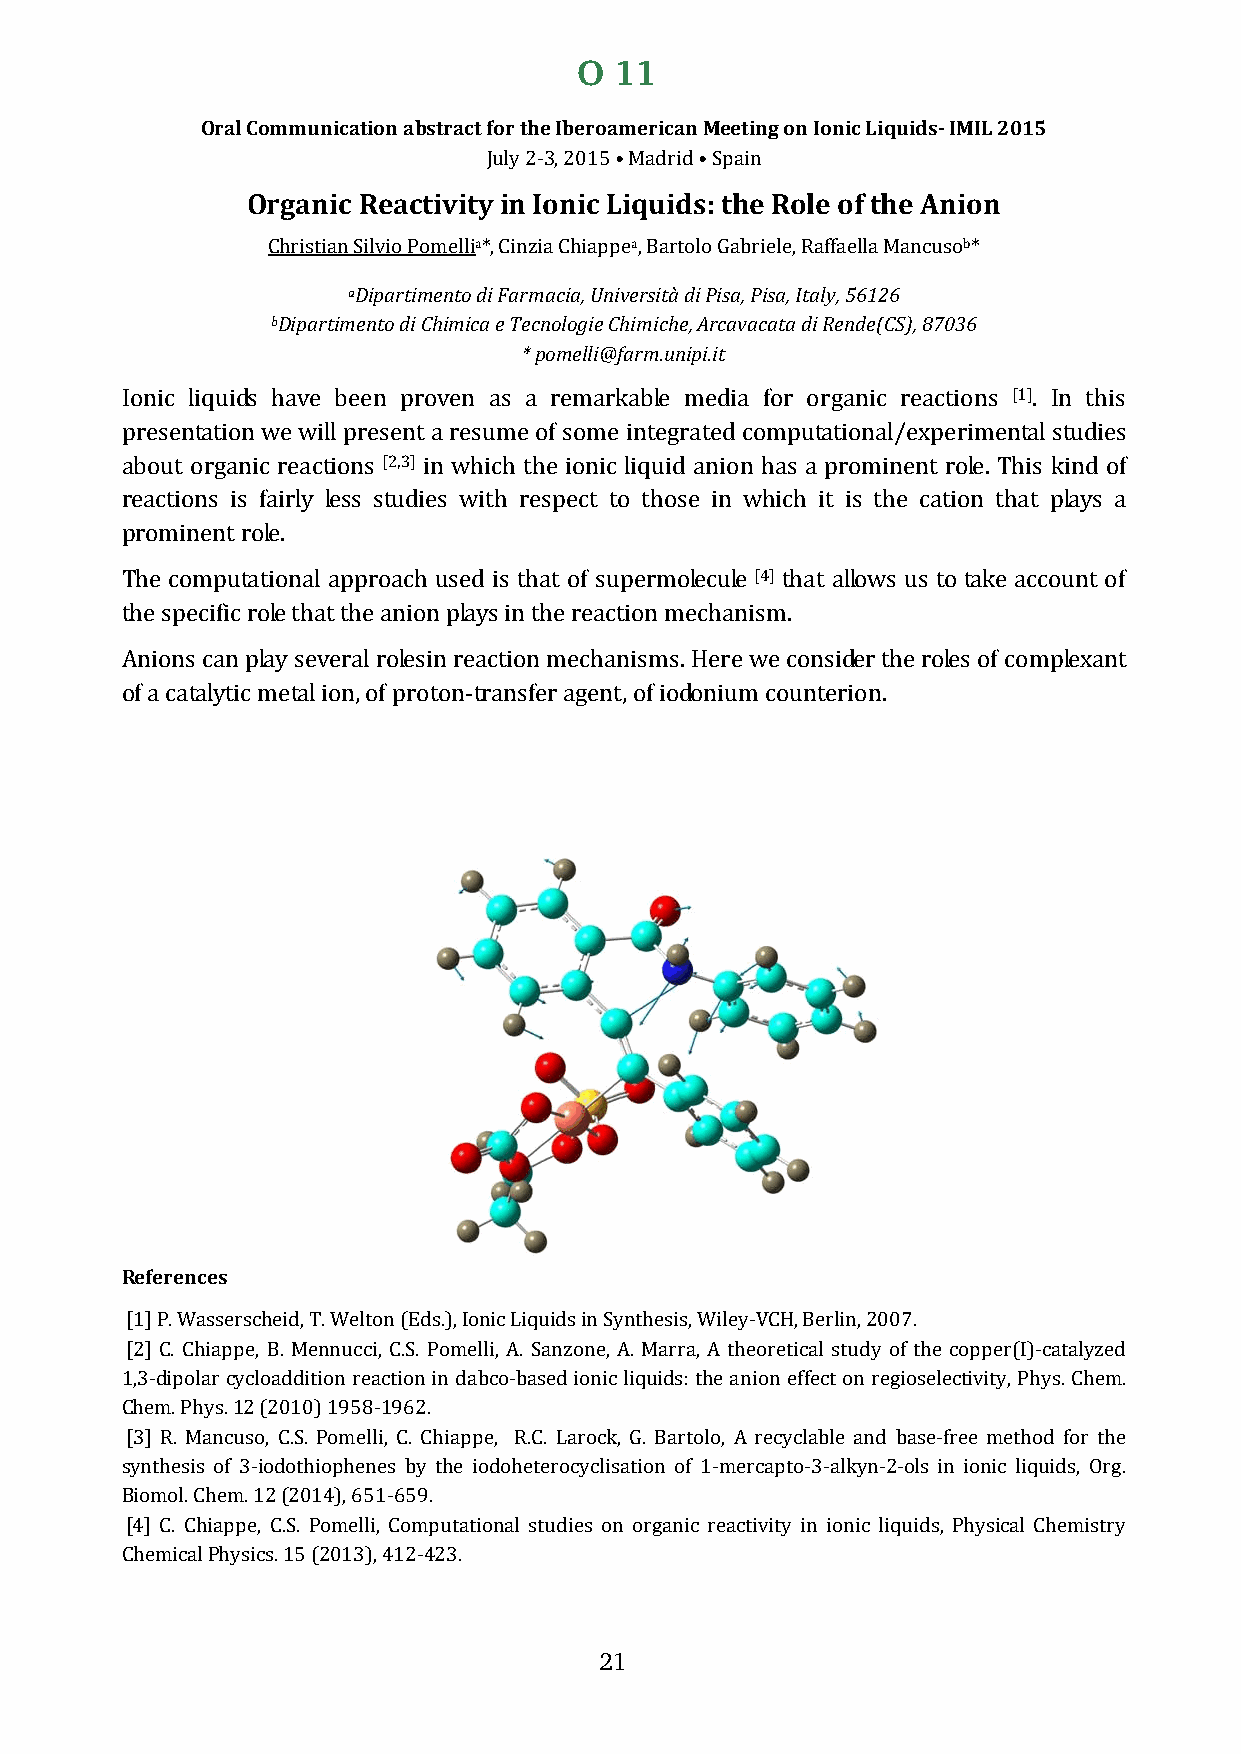
O  11
 Oral Communication abstract for the Iberoamerican Meeting on Ionic Liquids- IMIL 2015
 Organic ReactivityJu ilny 2 I-o3, n20i1c5 L •i Mqaudirdid s•: S tphaien Role of the Anion
 a          a                     b
 Christiana SDiilpvaior tPimomenetloli d*i, FCainrmziaa cCiha,i aUpnpivee,r Bsiatàrt doil oP iGsaab, Priiesale, ,I Rtaalfyf,a 5e6ll1a2 M6 a ncuso *
 bDipartimento di Chimica e Tecnologie Chimiche, Arcavacata di Rende(CS), 87036
 * pomelli@farm.unipi.it
 [1]
 Ionic liquids have been proven as a remarkable media for organic reactions . In this
 presentation we will present a resume of some integrated computational/experimental studies
 [2,3]
 about organic reactions in which the ionic liquid anion has a prominent role. This kind of
 reactions is fairly less studies with respect to those in which it is the cation that plays a
 prominent role.
 [4]
 The computational approach used is that of supermolecule that allows us to take account of
 the specific role that the anion plays in the reaction mechanism.
 Anions can play several rolesin reaction mechanisms. Here we consider the roles of complexant
 of a catalytic metal ion, of proton-transfer agent, of iodonium counterion.
 References
 [1] P. Wasserscheid, T. Welton (Eds.), Ionic Liquids in Synthesis, Wiley-VCH, Berlin, 2007.
 [2] C. Chiappe, B. Mennucci, C.S. Pomelli, A. Sanzone, A. Marra, A theoretical study of the copper(I)-catalyzed
 1,3-dipolar cycloaddition reaction in dabco-based ionic liquids: the anion effect on regioselectivity, Phys. Chem.
 Chem. Phys. 12 (2010) 1958-1962.
 [3] R. Mancuso, C.S. Pomelli, C. Chiappe, R.C. Larock, G. Bartolo, A recyclable and base-free method for the
 synthesis of 3-iodothiophenes by the iodoheterocyclisation of 1-mercapto-3-alkyn-2-ols in ionic liquids, Org.
 Biomol. Chem. 12 (2014), 651-659.
 [4] C. Chiappe, C.S. Pomelli, Computational studies on organic reactivity in ionic liquids, Physical Chemistry
 Chemical Physics. 15 (2013), 412-423.
 21